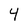
Character: 4